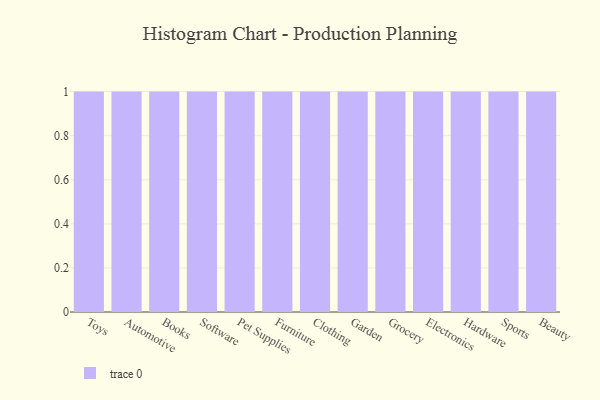
{"axis": {"x": "Category", "y": "Website Visitors"}, "legend": [""], "data": [{"x": "Toys", "y": 75, "type": ""}, {"x": "Automotive", "y": 9, "type": ""}, {"x": "Books", "y": 64, "type": ""}, {"x": "Software", "y": 89, "type": ""}, {"x": "Pet Supplies", "y": 26, "type": ""}, {"x": "Furniture", "y": 47, "type": ""}, {"x": "Clothing", "y": 40, "type": ""}, {"x": "Garden", "y": 25, "type": ""}, {"x": "Grocery", "y": 23, "type": ""}, {"x": "Electronics", "y": 58, "type": ""}, {"x": "Hardware", "y": 50, "type": ""}, {"x": "Sports", "y": 22, "type": ""}, {"x": "Beauty", "y": 10, "type": ""}]}